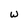
Character: W